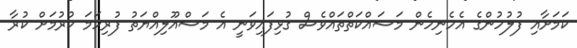
ކަމަށާއި ފުލުހުންގެ އެހެނިހެން މަސައްކަތްތައްވެސް ގުޅިފައިވަނީ އެ މަސްއޫލިއްޔަތު ފުރިހަމަ ކުރުމަށް ކުރާ